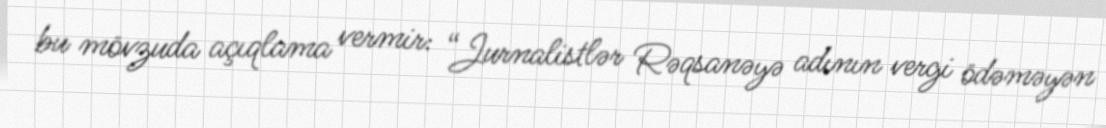
bu mövzuda açıqlama vermir: “Jurnalistlər Rəqsanəyə adının vergi ödəməyən